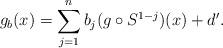
LaTeX: \begin{align*}g_b(x) = \sum_{j=1}^n b_j(g\circ S^{1-j})(x) + d'.\end{align*}